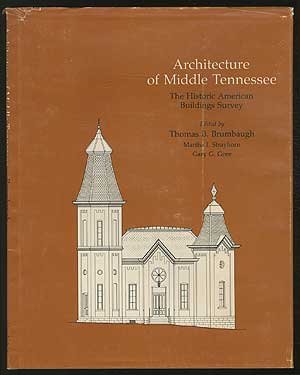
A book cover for Architecture of Middle Tennessee: The Historic American Buildings Survey. (Historic American Building Survey Series); Thomas B. Brumbaugh; Travel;